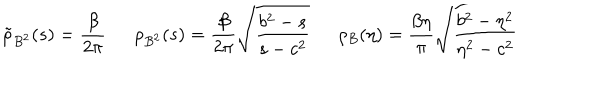
\tilde { \rho } _ { B ^ { 2 } } ( s ) = \frac { \beta } { 2 \pi } \ \ \rho _ { B ^ { 2 } } ( s ) = \frac { \beta } { 2 \pi } \sqrt { \frac { b ^ { 2 } - s } { s - c ^ { 2 } } } \ \ \rho _ { B } ( \eta ) = \frac { \beta \eta } { \pi } \sqrt { \frac { b ^ { 2 } - \eta ^ { 2 } } { \eta ^ { 2 } - c ^ { 2 } } }